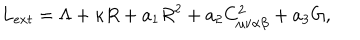
LaTeX: L _ { e x t } = \Lambda + \kappa R + a _ { 1 } R ^ { 2 } + a _ { 2 } C _ { \mu \nu \alpha \beta } ^ { 2 } + a _ { 3 } G ,